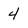
Character: 4